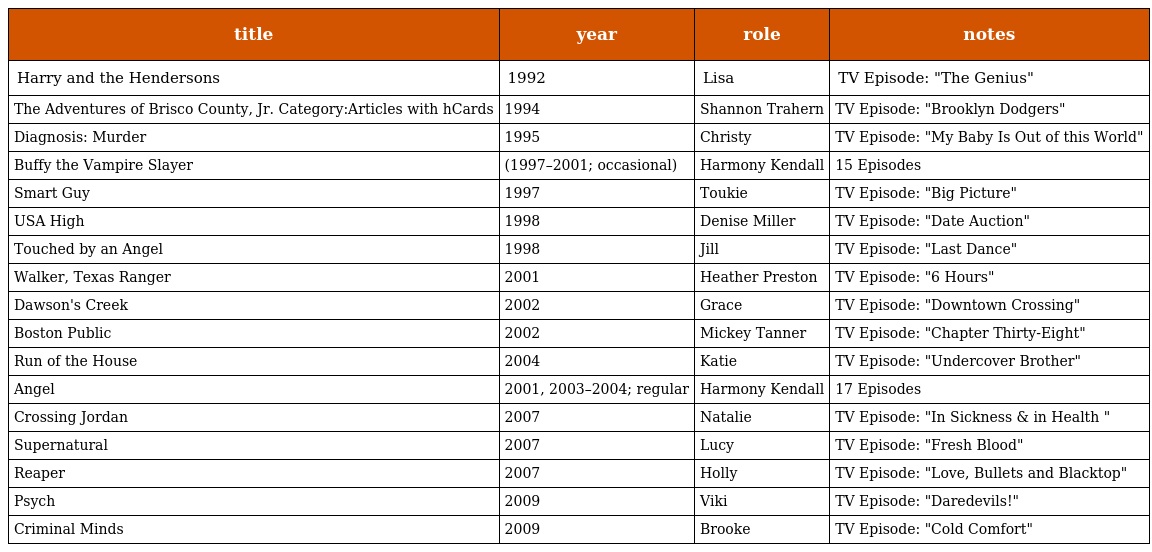
| title | year | role | notes |
 | --- | --- | --- | --- |
 | Harry and the Hendersons | 1992 | Lisa | TV Episode: "The Genius" |
 | The Adventures of Brisco County, Jr. Category:Articles with hCards | 1994 | Shannon Trahern | TV Episode: "Brooklyn Dodgers" |
 | Diagnosis: Murder | 1995 | Christy | TV Episode: "My Baby Is Out of this World" |
 | Buffy the Vampire Slayer | (1997–2001; occasional) | Harmony Kendall | 15 Episodes |
 | Smart Guy | 1997 | Toukie | TV Episode: "Big Picture" |
 | USA High | 1998 | Denise Miller | TV Episode: "Date Auction" |
 | Touched by an Angel | 1998 | Jill | TV Episode: "Last Dance" |
 | Walker, Texas Ranger | 2001 | Heather Preston | TV Episode: "6 Hours" |
 | Dawson's Creek | 2002 | Grace | TV Episode: "Downtown Crossing" |
 | Boston Public | 2002 | Mickey Tanner | TV Episode: "Chapter Thirty-Eight" |
 | Run of the House | 2004 | Katie | TV Episode: "Undercover Brother" |
 | Angel | 2001, 2003–2004; regular | Harmony Kendall | 17 Episodes |
 | Crossing Jordan | 2007 | Natalie | TV Episode: "In Sickness & in Health " |
 | Supernatural | 2007 | Lucy | TV Episode: "Fresh Blood" |
 | Reaper | 2007 | Holly | TV Episode: "Love, Bullets and Blacktop" |
 | Psych | 2009 | Viki | TV Episode: "Daredevils!" |
 | Criminal Minds | 2009 | Brooke | TV Episode: "Cold Comfort" |